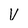
Character: V